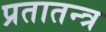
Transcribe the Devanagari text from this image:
प्रतातन्त्र